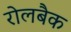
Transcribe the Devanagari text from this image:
रोलबैक